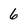
Character: 6